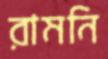
রামনি